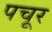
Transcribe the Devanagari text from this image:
पचूर